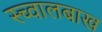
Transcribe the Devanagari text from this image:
स्च्वालबाख